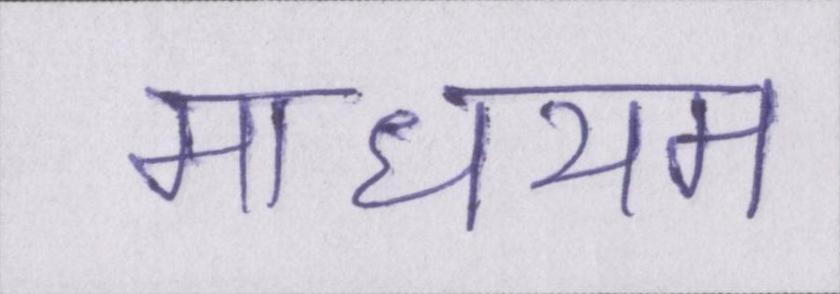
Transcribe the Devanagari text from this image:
माधयम